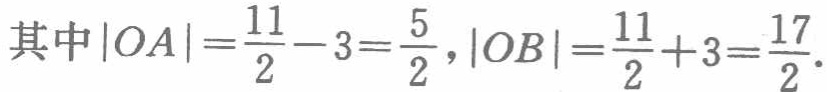
其中\(|OA|=\frac{11}{2}-3=\frac{5}{2},|OB|=\frac{11}{2}+3=\frac{17}{2}.\)